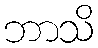
ဘာသိ